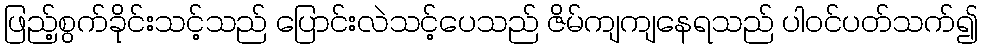
ဖြည့်စွက်ခိုင်းသင့်သည် ပြောင်းလဲသင့်ပေသည် ဇိမ်ကျကျနေရသည် ပါဝင်ပတ်သက်၍